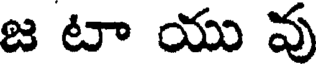
జ టా యు వు